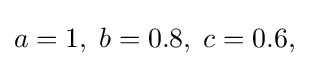
a=1,\;b=0.8,\;c=0.6,\